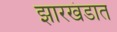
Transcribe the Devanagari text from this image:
झारखंडात